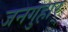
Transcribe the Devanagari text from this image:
जनगुहार